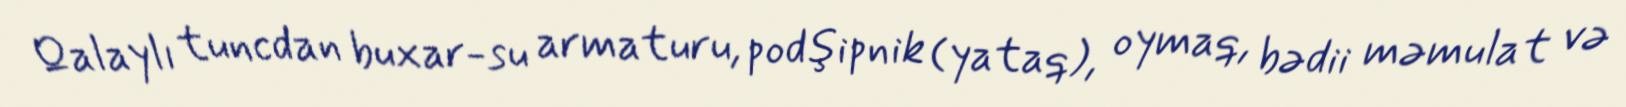
Qalaylı tuncdan buxar-su armaturu, podşipnik (yataq), oymaq, bədii məmulat və